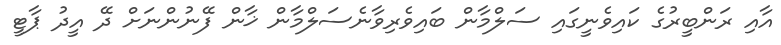
އާއި ރަންބީރުގެ ކައިވެނީގައި ސަލްމާން ބައިވެރިވާނެސަލްމާން ޚާން ފޭނުންނަށް ދޭ އީދު ޕާޓީ